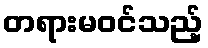
တရားမဝင်သည့်